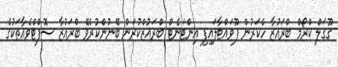
ގޫގަލް ކްރޯމް ބްރައުޒާ ހެކަރުން ފޫވައްޓާލައިފި އިންޓަނެޓް ބްރައުޒްކުރަން ބޭނުންކުރެވޭ ބްރައުޒާ ސޮފްޓްވެއާތަކުގެ